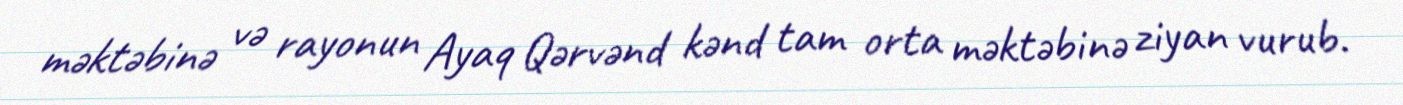
məktəbinə və rayonun Ayaq Qərvənd kənd tam orta məktəbinə ziyan vurub.